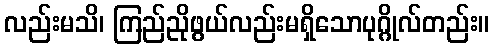
လည်းမသိ၊ ကြည်ညိုဖွယ်လည်းမရှိသောပုဂ္ဂိုလ်တည်း။